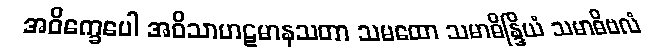
အဝိက္ခေပေါ အဝိသာဟဋမာနသတာ သမထော သမာဓိန္ဒြိယံ သမာဓိဗလံ